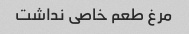
مرغ طعم خاصی نداشت